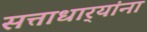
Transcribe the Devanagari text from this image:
सत्ताधार्‍यांना